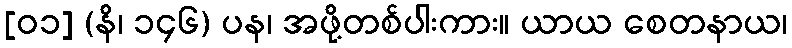
[၀၁] (နိ၊ ၁၄၆) ပန၊ အဖို့တစ်ပါးကား။ ယာယ စေတနာယ၊